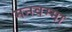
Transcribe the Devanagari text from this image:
मनवम्मा